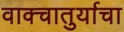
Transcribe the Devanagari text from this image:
वाक्चातुर्याचा